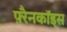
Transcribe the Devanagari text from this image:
फ़्रैनकॉइस